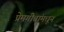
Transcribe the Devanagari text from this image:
प्रेमगीतांमधून